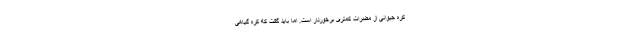
کره حیوانی از مضرات کمتری برخوردار است. اما باید گفت که کره گیاهی